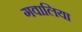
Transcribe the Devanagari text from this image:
गवालिया